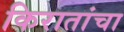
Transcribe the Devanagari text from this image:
किरातांचा